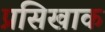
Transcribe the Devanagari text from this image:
प्रसिखाक